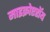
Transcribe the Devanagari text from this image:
माइक्रोएरॉय